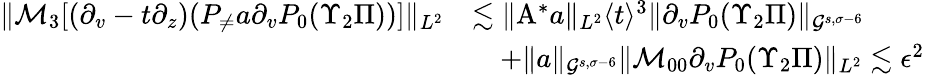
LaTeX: \begin{array}{rl}{\| \mathcal{M}_{3}[(\partial_{v}-t\partial_{z})(P_{\neq}a\partial_{v}P_{0}(\Upsilon_{2}\Pi))]\| _{L^{2}}}&{\lesssim\| \mathrm{A}^{*}a\| _{L^{2}}\langle t\rangle^{3}\| \partial_{v}P_{0}(\Upsilon_{2}\Pi)\| _{\mathcal{G}^{s,\sigma-6}}}\\ &{\quad+\| a\| _{\mathcal{G}^{s,\sigma-6}}\| \mathcal{M}_{00}\partial_{v}P_{0}(\Upsilon_{2}\Pi)\| _{L^{2}}\lesssim\epsilon^{2}}\end{array}